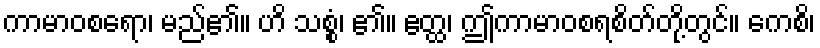
ကာမာဝစရော၊ မည်၏။ ဟိ သစ္စံ၊ ၏။ ဧတ္ထ၊ ဤကာမာဝစရစိတ်တို့တွင်။ ကေစိ၊